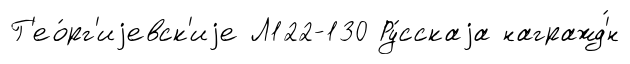
Г'ео́рг'иjевск'иjе Л122-130 Ру́сскаjа награжд'́н